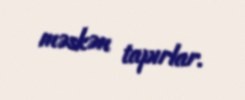
məskən tapırlar.